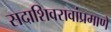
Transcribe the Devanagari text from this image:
सदाशिवरावांप्रमाणेे